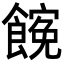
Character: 𩝜